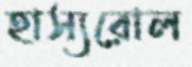
হাস্যরোল